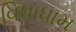
વિધાધામ